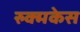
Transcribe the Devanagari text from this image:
रुक्मकेस